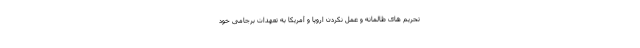
تحریم های ظالمانه و عمل نکردن اروپا و آمریکا به تعهدات برجامی خود